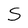
Character: S